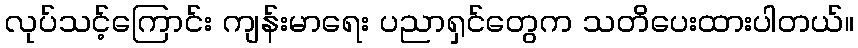
လုပ်သင့်ကြောင်း ကျန်းမာရေး ပညာရှင်တွေက သတိပေးထားပါတယ်။